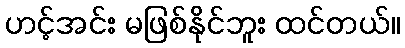
ဟင့်အင်း မဖြစ်နိုင်ဘူး ထင်တယ်။